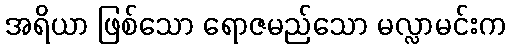
အရိယာ ဖြစ်သော ရောဇမည်သော မလ္လာမင်းက